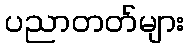
ပညာတတ်များ